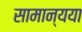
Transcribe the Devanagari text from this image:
सामान्यया